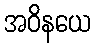
အဝိနယေ